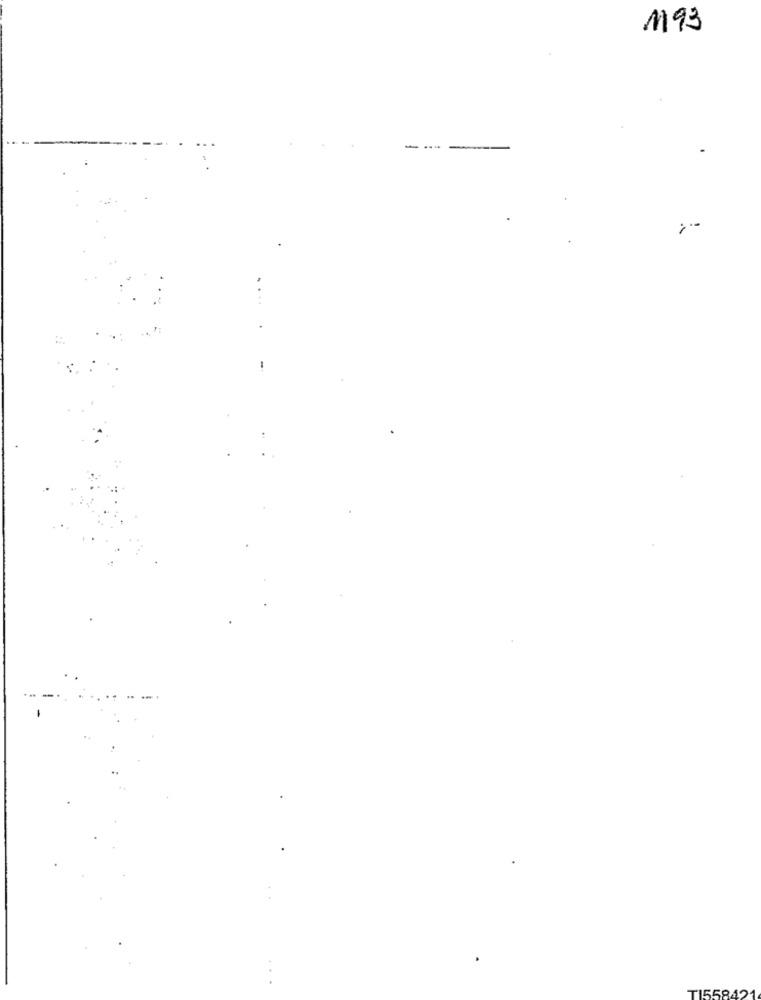
1193
TI558421